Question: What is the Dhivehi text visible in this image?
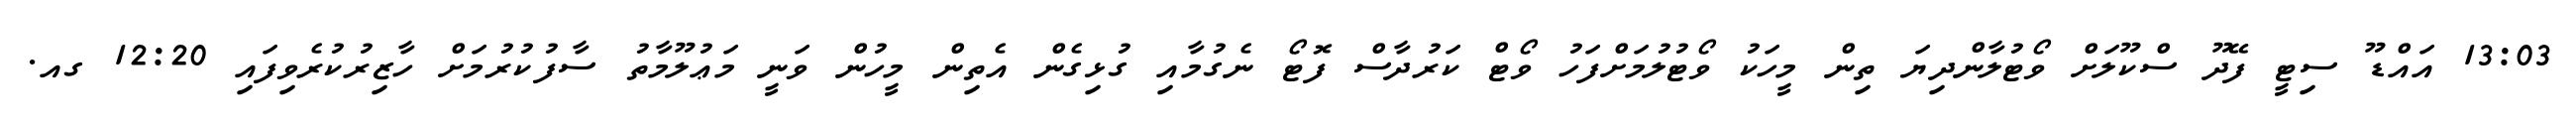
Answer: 13:03 އައްޑޫ ސިޓީ ފޭދޫ ސްކޫލަށް ވޯޓުލާންދިޔަ ތިން މީހަކު ވޯޓުލުމަށްފަހު ވޯޓް ކަރުދާސް ފޮޓޯ ނެގުމާއި ގުޅިގެން އެތިން މީހުން ވަނީ މަޢުލޫމާތު ސާފުކުރުމަށް ހާޒިރުކުރެވިފައި 12:20 ގއ.